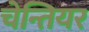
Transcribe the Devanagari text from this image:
चेन्तियर